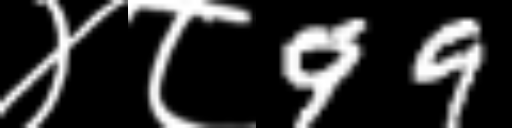
Text: ४८99